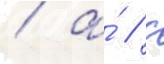
/ а́ / с